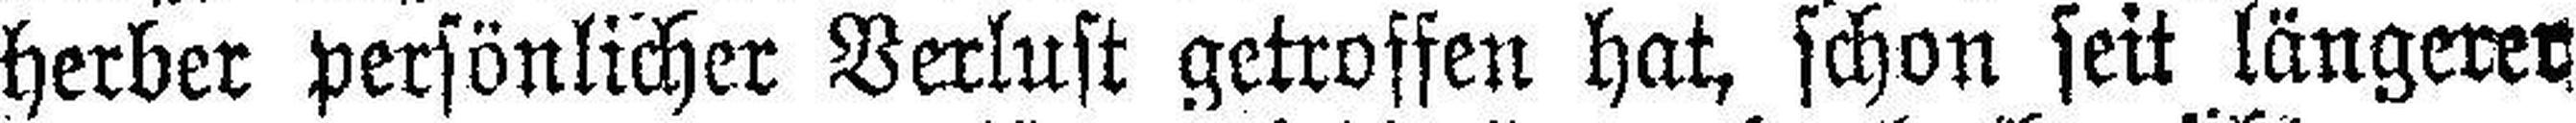
herber persönlicher Verlust getroffen hat, schon seit längerer